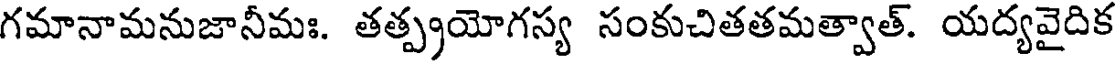
గమానామనుజానీమః. తత్ప్రయోగస్య సంకుచితతమత్వాత్. యద్యవైదిక